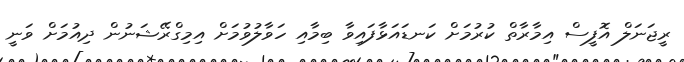
ރީޖަނަލް އޮފީސް އިމާރާތް ކުރުމަށް ކަނޑައަޅާފައިވާ ބިމާއި ހަވާލުވުމަށް އިމިގްރޭޝަނުން ދިއުމަށް ވަނީ